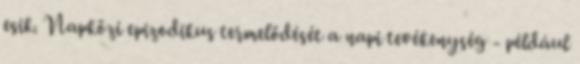
esik. Napközi epizodikus termelődését a napi tevékenység - például